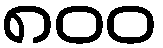
၈၀၀